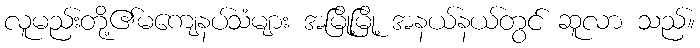
လူမည်းတို့၏မကျေနပ်သံများ အမြို့မြို့ အနယ်နယ်တွင် ဆူလာ သည်။